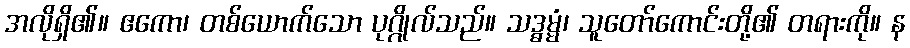
အလိုရှိ၏။ ဧကော၊ တစ်ယောက်သော ပုဂ္ဂိုလ်သည်။ သဒ္ဓမ္မံ၊ သူတော်ကောင်းတို့၏ တရားကို။ န